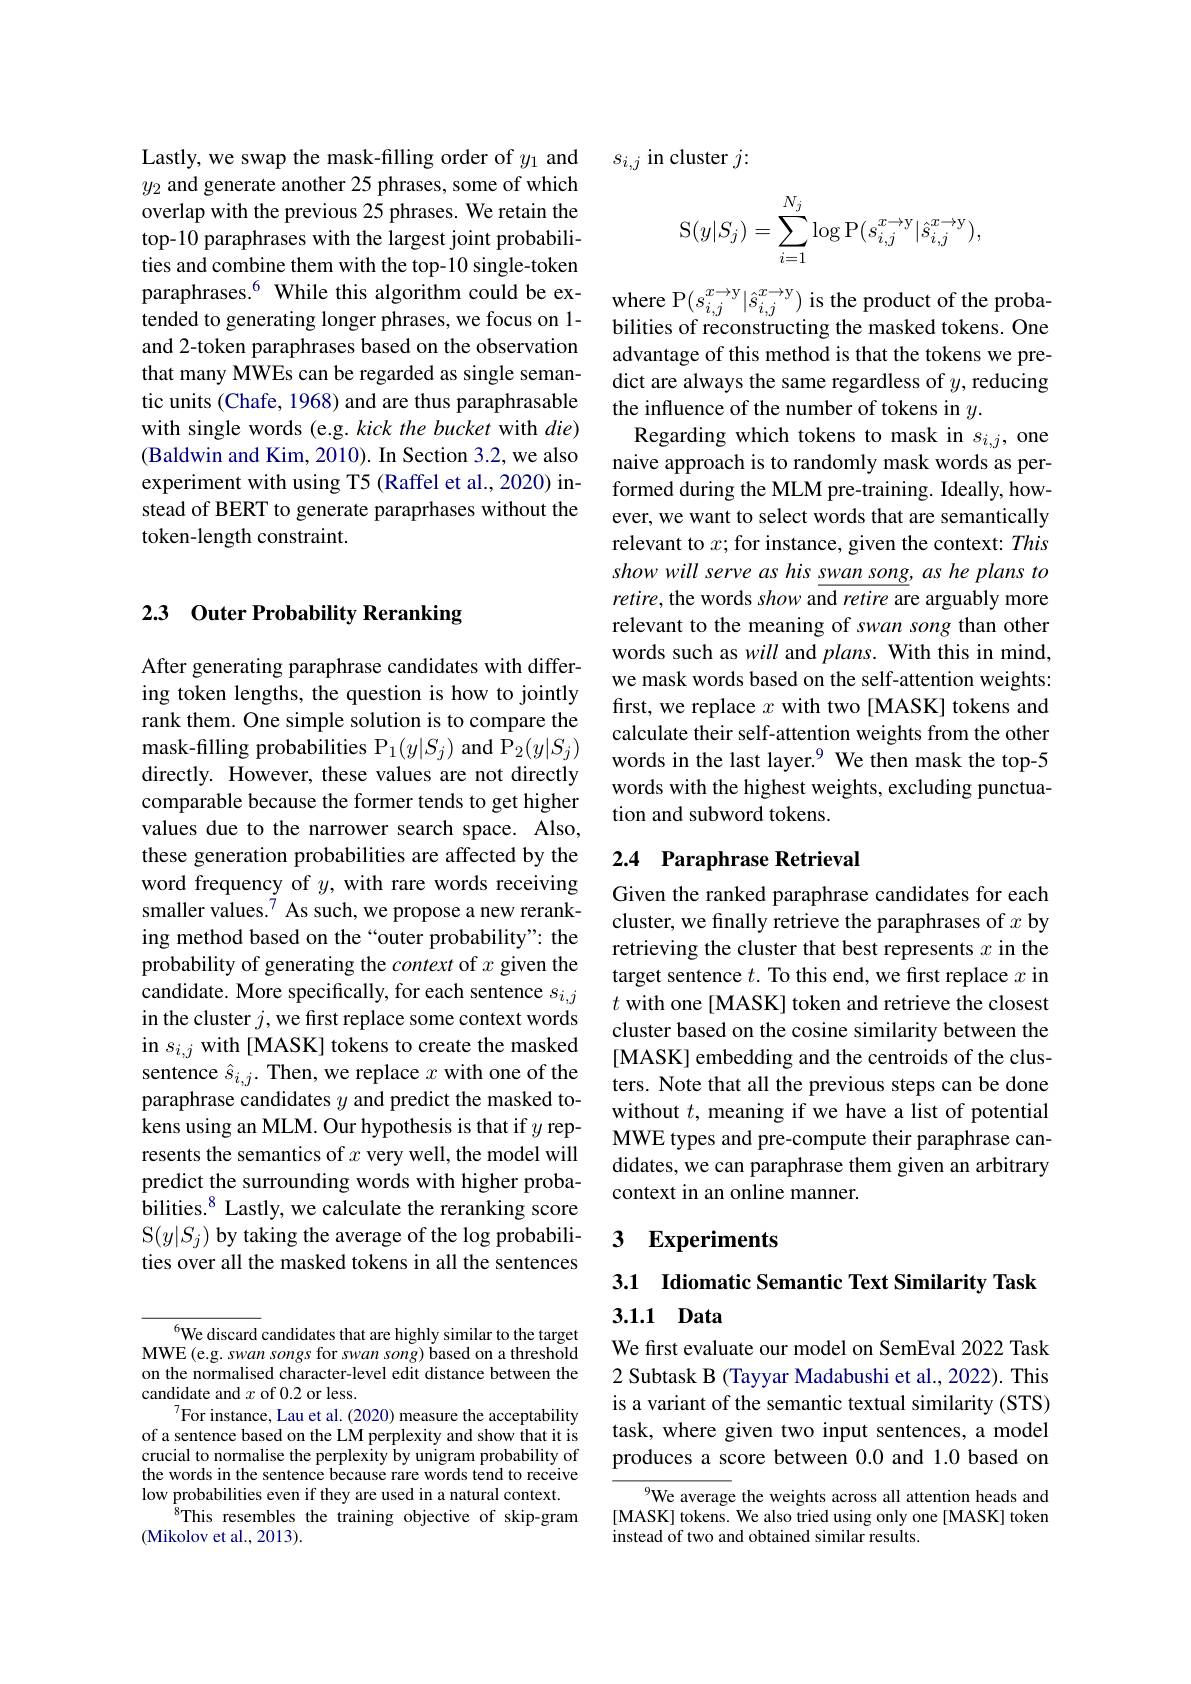
Lastly, we swap the mask-filling order of $y_{1}$ and $y_{2}$ and generate another 25 phrases, some of which overlap with the previous 25 phrases. We retain the top-10 paraphrases with the largest joint probabilities and combine them with the top-10 single-token paraphrases.$^{6}$ While this algorithm could be ex-
and 2-token paraphrases based on the observation that many MWEs can be regarded as single semantic units (Chafe, 1968) and are thus paraphrasable with single words (e.g. kick the bucket with $die)$ (Baldwin and Kim, 2010). In Section 3.2, we also experiment with using T5 (Raffel et al., 2020) instead of BERT to generate paraprhases without the token-length constraint.

# 2.3 Outer Probability Reranking

After generating paraphrase candidates with differing token lengths, the question is how to jointly rank them. One simple solution is to compare the mask-filling probabilities P$_1(y|S_j)$ and P$_2(y|S_j)$ directly. However, these values are not directly comparable because the former tends to get higher values due to the narrower search space. Also, these generation probabilities are affected by the word frequency of $y$, with rare words receiving smaller values.$^{7}$ As such, we propose a new reranking method based on the “outer probability”: the probability of generating the context of $x$ given the candidate. More specifically, for each sentence $s_{i,j}$ in the cluster $j$,we first replace some context words in $s_{i,j}$ with[MASK] tokens to create the masked sentence $\hat{s}_{i,j}.$ Then, we replace $x$ with one of the paraphrase candidates $y$ and predict the masked tokens using an MLM. Our hypothesis is that if $y$ represents the semantics of $x$ very well, the model will predict the surrounding words with higher probabilities.$^{8}$ Lastly, we calculate the reranking score S$(y|S_j)$ by taking the average of the log probabilities over all the masked tokens in all the sentences

$^{6}$We discard candidates that are highly similar to the target MWE (e.g. swan songs for swan song) based on a threshold on the normalised character-level edit distance between the candidate and $x$ of 0.2 or less.
$^{7}$For instance, Lau et al. (2020) measure the acceptability of a sentence based on the LM perplexity and show that it is crucial to normalise the perplexity by unigram probability of the words in the sentence because rare words tend to receive low probabilities even if they are used in a natural context.
This resembles the training objective of skip-gram
(Mikolov et al., 2013).

$s_{i,j}$ in cluster $j:$
$$\mathrm S(y|S_j)=\sum_{i=1}^{N_j}\log\mathrm P(s_{i,j}^{x\to\mathrm y}|\hat s_{i,j}^{x\to\mathrm y}),$$
advantage of this method is that the tokens we predict are always the same regardless of $y$, reducing the influence of the number of tokens in $y.$
Regarding which tokens to mask in $s_{i,j}$, one naive approach is to randomly mask words as performed during the MLM pre-training. Ideally, however, we want to select words that are semantically relevant to $x;$for instance, given the context: This show will serve as his swan song, as he plans to retire, the words show and retire are arguably more relevant to the meaning of swan song than other words such as will and $plans.$ With this in mind, we mask words based on the self-attention weights: first, we replace $x$ with two[MASK] tokens and calculate their self-attention weights from the other words in the last layer.$^{9}$ We then mask the top-5 words with the highest weights, excluding punctuation and subword tokens.

## 2.4 Paraphrase Retrieval

Given the ranked paraphrase candidates for each cluster, we finally retrieve the paraphrases of $x$ by retrieving the cluster that best represents $x$ in the target sentence $t.$ To this end, we first replace $x$ in $t$ with one[MASK] token and retrieve the closest cluster based on the cosine similarity between the [MASK] embedding and the centroids of the clusters. Note that all the previous steps can be done without $t$, meaning if we have a list of potential MWE types and pre-compute their paraphrase candidates, we can paraphrase them given an arbitrary context in an online manner.

## 3 Experiments

## 3.1 Idiomatic Semantic Text Similarity Task 3.1.1 Data

We first evaluate our model on SemEval 2022 Task 2 Subtask B (Tayyar Madabushi et al., 2022). This is a variant of the semantic textual similarity (STS) task, where given two input sentences, a model produces a score between 0.0 and 1.0 based on

9We average the weights across all attention heads and [MASK] tokens. We also tried using only one[MASK] token instead of two and obtained similar results.